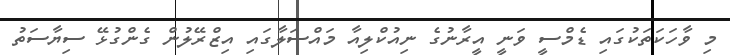
މި ވާހަކަތަކުގައި ޑެމްސީ ވަނީ އީރާނުގެ ނިއުކްލިއާ މައްސަލާގައި އިޒްރޭލުން ގެންގުޅޭ ސިޔާސަތު